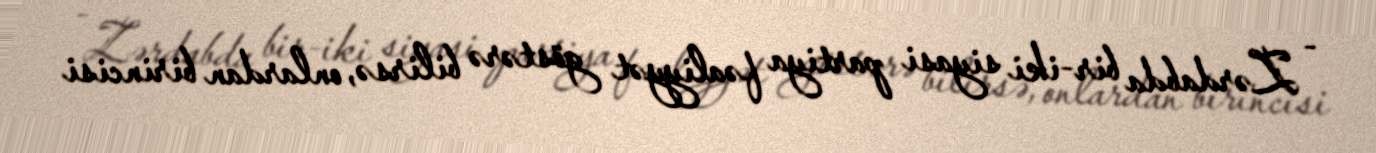
- Zərdabda bir-iki siyasi partiya fəaliyyət göstərə bilirsə, onlardan birincisi